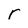
Character: r